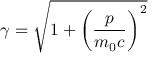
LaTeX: \gamma = { \sqrt { 1 + \left( { \frac { p } { m _ { 0 } c } } \right) ^ { 2 } } }